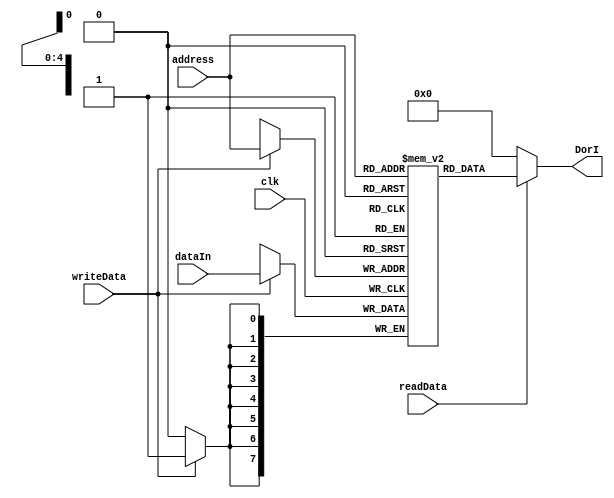
`timescale 1ns / 1ns

module InstructionMemory(input [4:0]address, input writeData, readData, clk, input [7:0]dataIn, output [7:0]DorI);

	reg [7:0]memory[31:0];
	always @(posedge clk)begin
		if(writeData) memory[address] <= dataIn;
	end
	assign DorI = (readData) ? memory[address] : 8'b0;

	initial begin
		memory[0] = 8'b10011001;//push 25 be stack
		memory[1] = 8'b10011010;//push 26 be stack
		memory[2] = 8'b10011011;//push 27 be stack
		memory[3] = 8'b10011100;//push 28 be stack
		memory[4] = 8'b10011101;//push 29 be stack
		memory[5] = 8'b00000000;//add 
		memory[6] = 8'b00000000;//add
		memory[7] = 8'b00000000;//add
		memory[8] = 8'b00000000;//add
		memory[9] = 8'b10111110;//pop be 30

		memory[25] = 8'b00001001;
		memory[26] = 8'b00000111;
		memory[27] = 8'b00000101;
		memory[28] = 8'b00000011;
		memory[29] = 8'b00000001;

		// memory[0] = 8'b10011101;	// push 8 in St
		// memory[1] = 8'b10011101;	// push 8 in St
		// memory[2] = 8'b00000000;	// add 8 + 8 and stoers 16 in St
		// memory[3] = 8'b11000111;	// jump to instruction 7
		// memory[7] = 8'b11101100;	// does not jumpz to 12 
		// memory[8] = 8'b10011110;	// push 16 on St
		// memory[9] = 8'b00100000;	// sub 16 - 16 and store 0 on St
		// memory[10] = 8'b11101111;	// jumpz 15
		// memory[15] = 8'b10011100;	// push 10101010 on St
		// memory[16] = 8'b10011011;	// push 01100110 on St
		// memory[17] = 8'b01000000;	// and 10101010 & 01100110 and store 01000100 on St
		// memory[18] = 8'b01100000;	// not 01000100 and store 10111011 on St
		// memory[19] = 8'b10111111;	// pop 10111011 from st and store it on Memory[31]
		// memory[20] = 8'b10111110;	// pop 0 from st and store it on Memory[30]

		// memory[27] = 8'b01100110;
		// memory[28] = 8'b10101010;
		// memory[29] = 8'b00001000;
		// memory[30] = 8'b00010000;

	end


endmodule